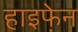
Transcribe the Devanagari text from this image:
हाइफे़न